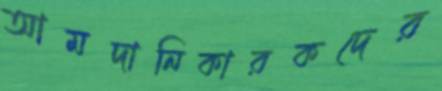
আমদানিকারকদের